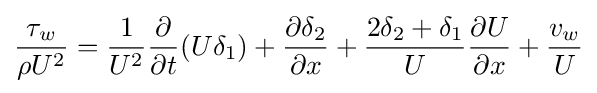
{\frac {\tau _{w}}{\rho U^{2}}}={\frac {1}{U^{2}}}{\frac {\partial }{\partial t}}(U\delta _{1})+{\frac {\partial \delta _{2}}{\partial x}}+{\frac {2\delta _{2}+\delta _{1}}{U}}{\frac {\partial U}{\partial x}}+{\frac {v_{w}}{U}}